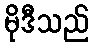
မိုဒီသည်